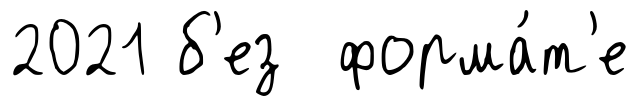
2021 б'ез форма́т'е